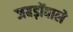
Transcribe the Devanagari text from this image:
जबड़ोंवाले